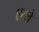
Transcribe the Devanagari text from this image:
एस्ले